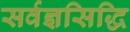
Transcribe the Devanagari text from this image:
सर्वज्ञसिद्धि